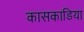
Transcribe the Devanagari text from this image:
कासकाडिया